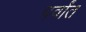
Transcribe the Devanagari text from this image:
पर्वांत